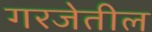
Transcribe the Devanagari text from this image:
गरजेतील